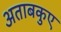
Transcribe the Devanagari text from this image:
अताबकुए